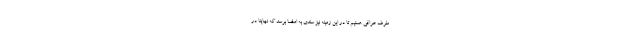
طرف عراقی هستیم تا در این زمینه نیز سندی به امضا برسد که نهایتا در